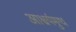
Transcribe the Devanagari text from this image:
आश्चर्यमुग्ध